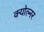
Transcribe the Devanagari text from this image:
क्योल्नर